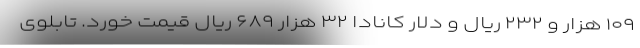
۱۰۹ هزار و ۲۳۲ ریال و دلار کانادا ۳۲ هزار ۶۸۹ ریال قیمت خورد. تابلوی